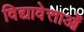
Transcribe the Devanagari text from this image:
विद्यावेत्ताओं